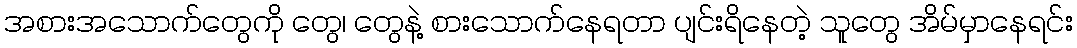
အစားအသောက်တွေကို တွေ၊ တွေနဲ့ စားသောက်နေရတာ ပျင်းရိနေတဲ့ သူတွေ အိမ်မှာနေရင်း